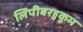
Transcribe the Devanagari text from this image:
लिपीबरहुकूम